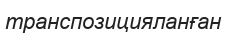
транспозицияланған